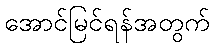
အောင်မြင်ရန်အတွက်